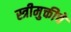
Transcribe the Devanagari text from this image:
स्त्रीमुक्तीचे